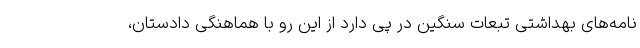
نامه‌های بهداشتی تبعات سنگین در پی دارد از این رو با هماهنگی دادستان،